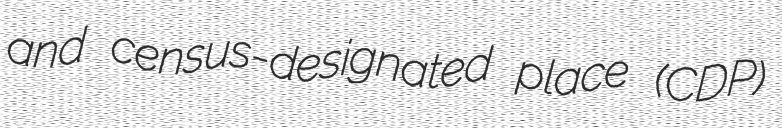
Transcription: and census-designated place (CDP)